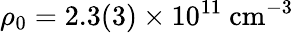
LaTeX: \rho_{0}=2.3(3)\times 10^{11}~\mathrm{cm}^{-3}